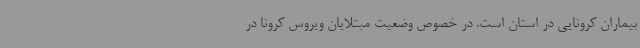
بیماران کرونایی در استان است. در خصوص وضعیت مبتلایان ویروس کرونا در